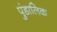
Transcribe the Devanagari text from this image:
पुंडालिक